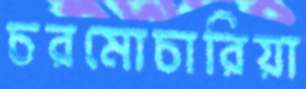
চরমোচারিয়া